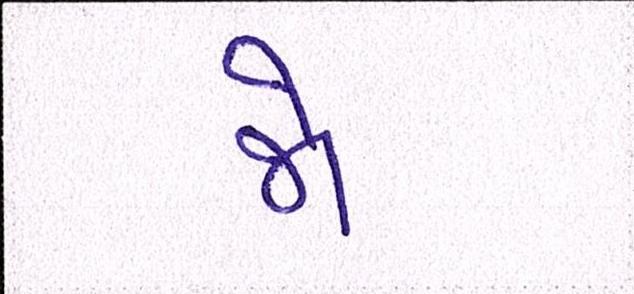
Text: જો